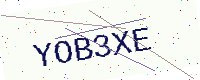
Text: YOB3XE